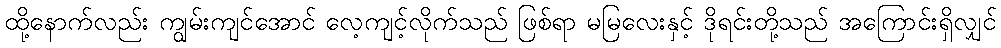
ထို့နောက်လည်း ကျွမ်းကျင်အောင် လေ့ကျင့်လိုက်သည် ဖြစ်ရာ မမြလေးနှင့် ဒိုရင်းတို့သည် အကြောင်းရှိလျှင်